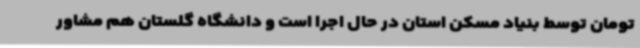
تومان توسط بنیاد مسکن استان در حال اجرا است و دانشگاه گلستان هم مشاور